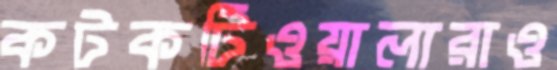
কটকটিওয়ালারাও